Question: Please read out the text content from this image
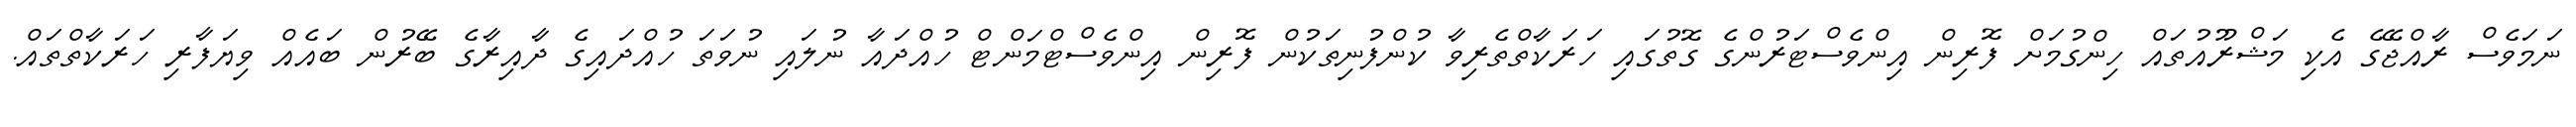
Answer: ނަމަވެސް ރާއްޖޭގެ އެކި މަޝްރޫއުތައް ހިންގުމަށް ފޮރިން އިންވެސްޓަރުންގެ ގޮތުގައި ހަރަކާތްތެރިވާ ކުންފުނިތަކުން ފޮރިން އިންވެސްޓްމަންޓް ހުއްދައާ ނުލައި ނުވަތަ ހުއްދައިގެ ދާއިރާގެ ބޭރުން ބައެއް ވިޔަފާރި ހަރަކާތްތައް.